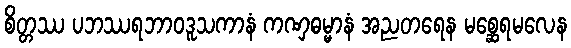
စိတ္တဿ ပဘဿရဘာဝဒူသကာနံ ကဏှဓမ္မာနံ အညတရေန မစ္ဆေရမလေန